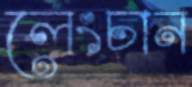
লেংচান